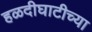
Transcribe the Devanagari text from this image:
हळदीघाटीच्या